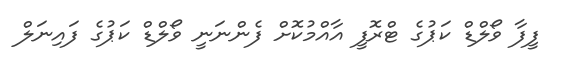
ފީފާ ވޯލްޑް ކަޕުގެ ޓްރޮފީ އާއްމުކޮށް ފެންނަނީ ވޯލްޑް ކަޕުގެ ފައިނަލް